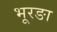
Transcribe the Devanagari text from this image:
भूरङा